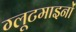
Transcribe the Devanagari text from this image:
ग्लूटमाइनों